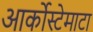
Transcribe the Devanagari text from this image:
आर्कोस्टेमाटा